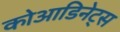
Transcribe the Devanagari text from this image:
कोआडिनेट्स